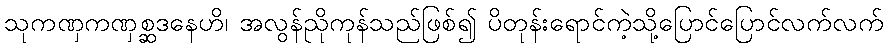
သုကဏှကဏှစ္ဆဒနေဟိ၊ အလွန်ညိုကုန်သည်ဖြစ်၍ ပိတုန်းရောင်ကဲ့သို့ပြောင်ပြောင်လက်လက်